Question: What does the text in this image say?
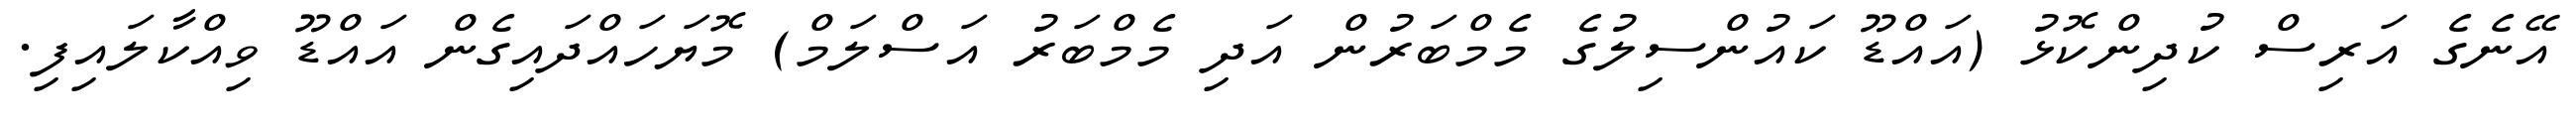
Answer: އޭނެގެ އަރިސް ކުދިންކޮޅު (އައްޑޫ ކައުންސިލުގެ މެމްބަރުން އަދި މެމްބަރު އަސްލަމް) މޮޔަހައްދައިގެން އައްޑޫ ވިއްކާލައިފި.